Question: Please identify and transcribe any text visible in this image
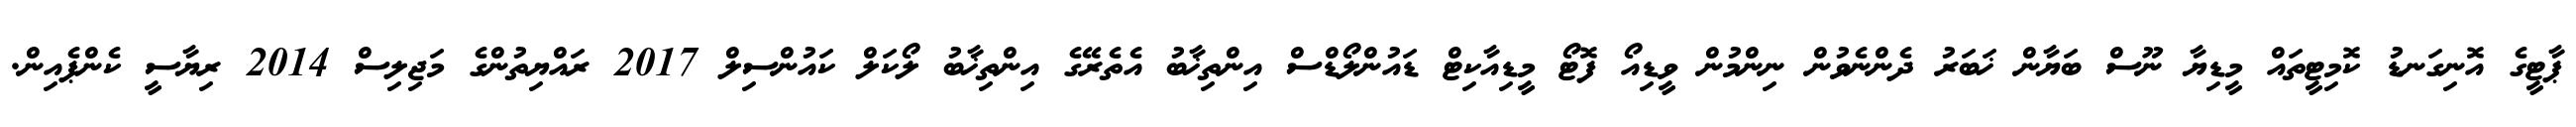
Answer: ޕާޓީގެ އޮނިގަނޑު ކޮމިޓީތައް މީޑިޔާ ނޫސް ބަޔާން ޚަބަރު ދެންނެވުން ނިންމުން ވީޑިއޯ ފޮޓޯ މީޑިއާކިޓް ޑައުންލޯޑްސް އިންތިޚާބު އެތެރޭގެ އިންތިޚާބު ލޯކަލް ކައުންސިލް 2017 ރައްޔިތުންގެ މަޖިލިސް 2014 ރިޔާސީ ކެންޕެއިން.